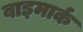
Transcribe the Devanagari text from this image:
वाइमार्क